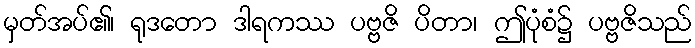
မှတ်အပ်၏၊ ရုဒတော ဒါရကဿ ပဗ္ဗဇိ ပိတာ၊ ဤပုံစံ၌ ပဗ္ဗဇိသည်